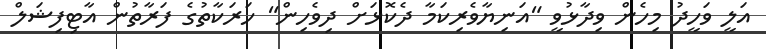
އަލީ ވަހީދު މިހެން ވިދާޅުވީ "އަނިޔާވެރިކަމާ ދެކޮޅަށް ދިވެހިން" ހަރަކާތުގެ ފަރާތުން އާޓިފިޝަލް